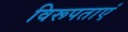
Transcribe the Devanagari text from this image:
विरूपताएं